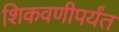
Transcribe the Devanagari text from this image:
शिकवणीपर्यंत